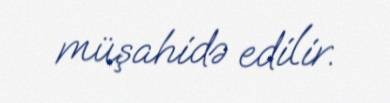
müşahidə edilir.